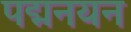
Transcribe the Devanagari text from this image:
पद्मनयन